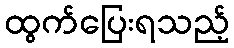
ထွက်ပြေးရသည့်